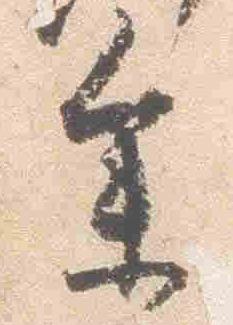
参